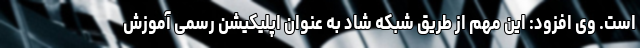
است. وی افزود: این مهم از طریق شبکه شاد به عنوان اپلیکیشن رسمی آموزش